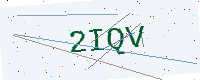
Text: 2IQV